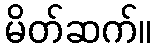
မိတ်ဆက်။